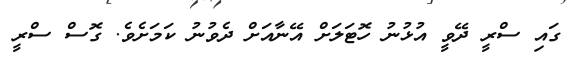
ގައި ސްރީ ދޭވީ އުޅުނު ހޮޓަލަށް އޭނާއަށް ދެވުނު ކަަމަށެވެ. ގޮސް ސްރީ